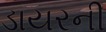
ડાયરની